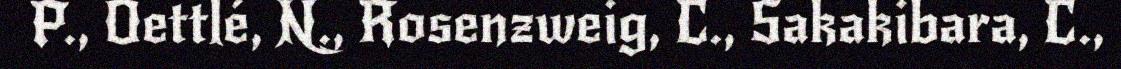
P., Oettlé, N., Rosenzweig, C., Sakakibara, C.,